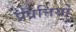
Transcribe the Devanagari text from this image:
प्रव्रत्तियो